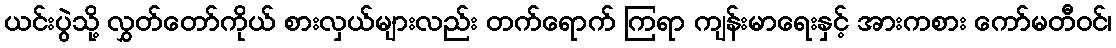
ယင်းပွဲသို့ လွှတ်တော်ကိုယ် စားလှယ်များလည်း တက်ရောက် ကြရာ ကျန်းမာရေးနှင့် အားကစား ကော်မတီဝင်၊